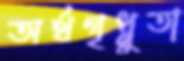
অর্থগৃধ্নুতা